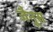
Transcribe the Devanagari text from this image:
जैनूस